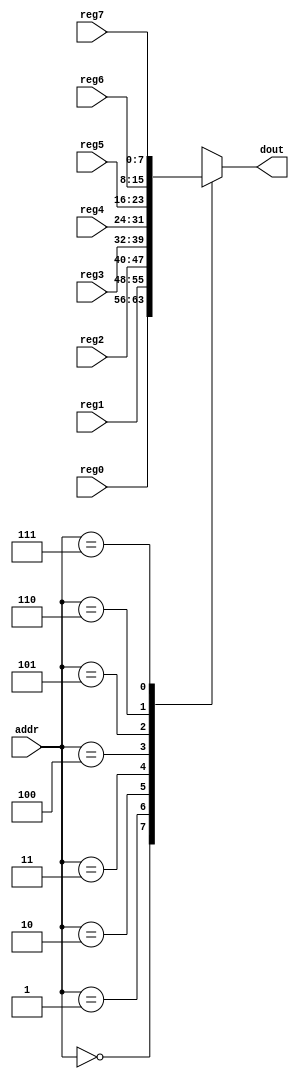
module dso_regr(addr, dout, 
    reg0, reg1, reg2, reg3, reg4, reg5, reg6, reg7);
    input [2:0] addr;
    output reg [7:0] dout;
    input [7:0] reg0;
    input [7:0] reg1;
    input [7:0] reg2;
    input [7:0] reg3;
    input [7:0] reg4;
    input [7:0] reg5;
    input [7:0] reg6;
    input [7:0] reg7;
    always @(*) begin
        case (addr)
        3'h0: dout <= reg0;
        3'h1: dout <= reg1;
        3'h2: dout <= reg2;
        3'h3: dout <= reg3;
        3'h4: dout <= reg4;
        3'h5: dout <= reg5;
        3'h6: dout <= reg6;
        3'h7: dout <= reg7;
        default: dout <= 8'b0;
        endcase
    end
endmodule